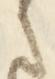
さ